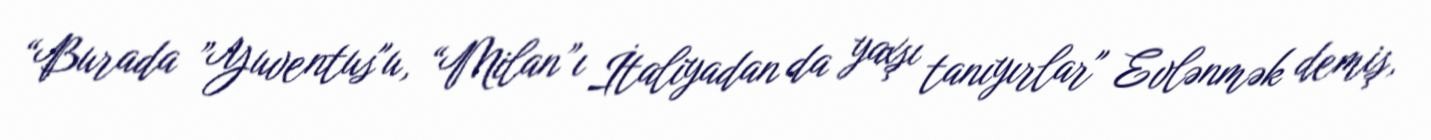
“Burada ”Yuventus"u, “Milan”ı İtaliyadan da yaxşı tanıyırlar" Evlənmək demiş,